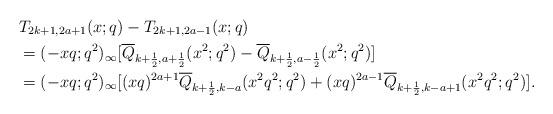
LaTeX: \begin{align*}&T_{2k+1,2a+1}(x;q)-T_{2k+1,2a-1}(x;q)\\&=(-xq;q^2)_\infty[\overline{Q}_{k+\frac{1}{2},a+\frac{1}{2}}(x^2;q^2)-\overline{Q}_{k+\frac{1}{2},a-\frac{1}{2}}(x^2;q^2)]\\&=(-xq;q^2)_\infty[(xq)^{2a+1}\overline{Q}_{k+\frac{1}{2},k-a}(x^2q^2;q^2)+(xq)^{2a-1}\overline{Q}_{k+\frac{1}{2},k-a+1}(x^2q^2;q^2)].\end{align*}